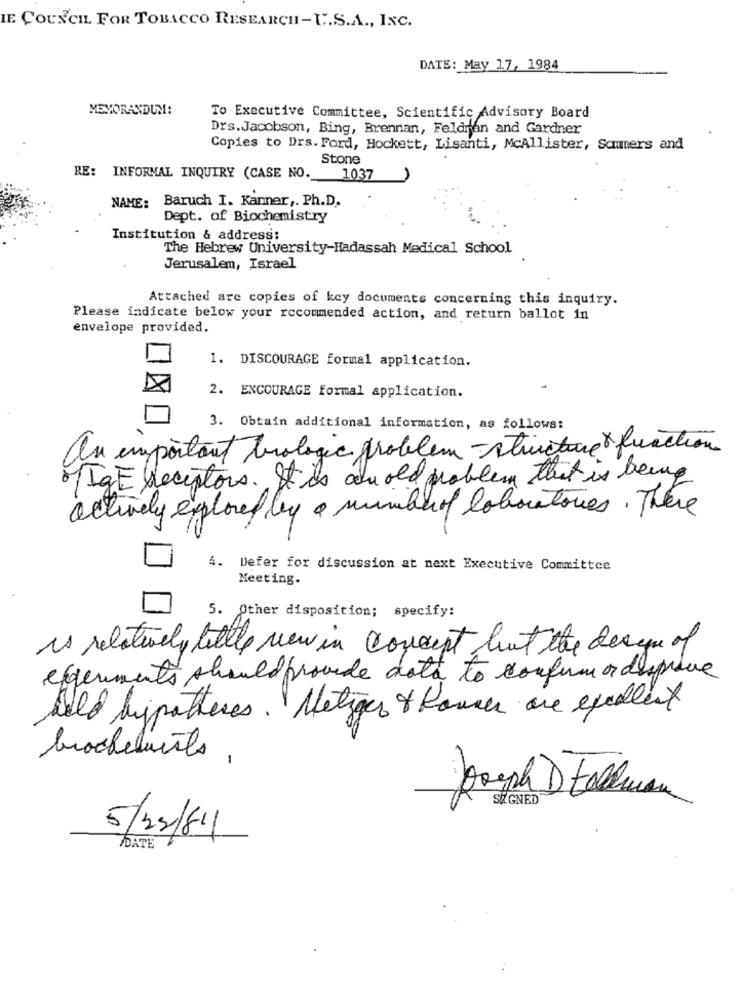
IE COUNCIL FOR TOBACCO RESEARCH-U.S.A ., INC.
DATE: May 17, 1984
MEMORANDUM!
To Executive Committee, Scientific Advisory Board
Drs.Jacobson, Bing, Brennan, Feldren and Gardner
Copies to Drs. Ford, Hockett, Lisanti, McAllister, Sommers and
Stone
RE: INFORMAL INQUIRY (CASE NO. 1037
NAME: Baruch I. Kanner ,. Ph.D.
Dept. of Biochemistry
Institution & address:
The Hebrew University-Hadassah Medical School
Jerusalem, Israel
Attached are copies of key documents concerning this inquiry.
Please indicate below your recommended action, and return ballot in
envelope provided.
1. DISCOURAGE formal application.
2. ENCOURAGE formal application.
3 . Obtain additional information , as follows :
an important biologic problem -structure & function
IgE receptors. It is an old problem that is being
actively explored by a numberof laboratories. There
4. Defer for discussion at next Executive Committee
Meeting.
5. Other disposition; specify:
is relatively little new in concept but the League of
experiments should provide data to confirm or dispiace
wild hypotheses. Netiger & Rower are exalest
brochetaists,
-
SIGNED
5/22/81
DATE